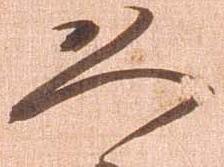
恐